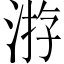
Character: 㳺